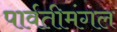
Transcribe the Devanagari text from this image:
पार्वतीमंगल